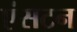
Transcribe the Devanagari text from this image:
एंसटन